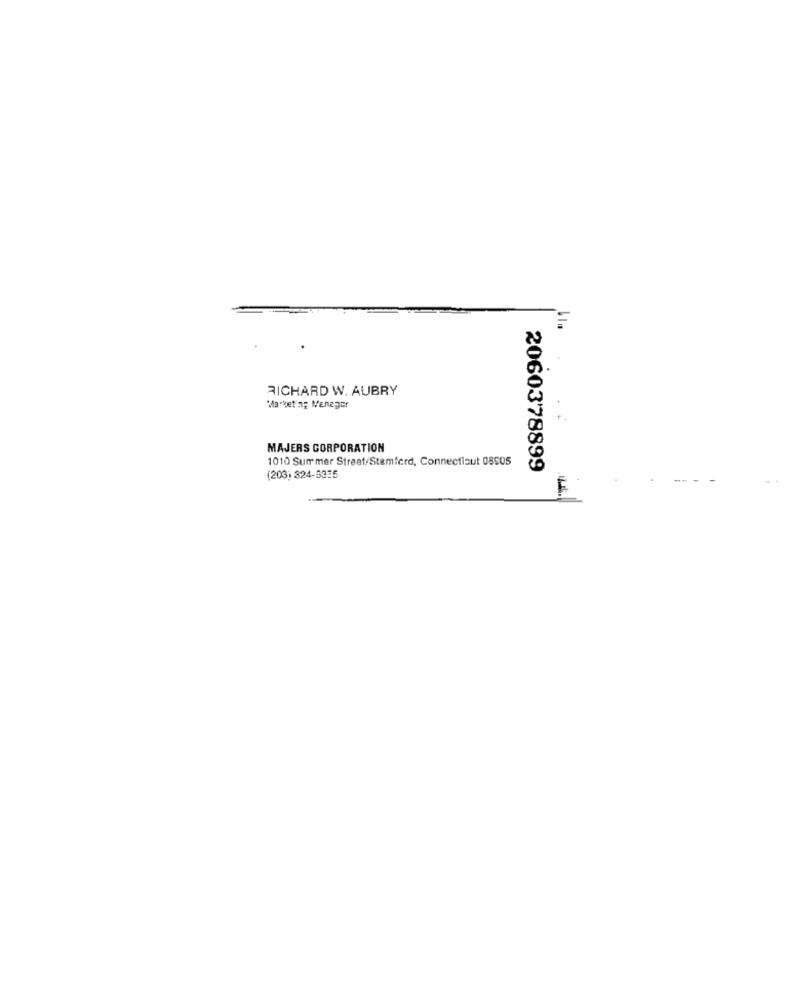
RICHARD W. AUBRY
Marketing Manager
MAJERS CORPORATION
1010 Summer Streat/Stamford, Connecticut 08905
2060378899
(203) 324-5335